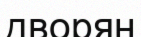
дворян